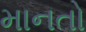
માનતો